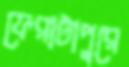
ফেরাটাপুরে